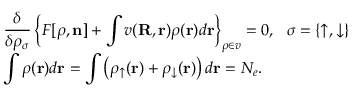
\begin{array} { l } { { \displaystyle \frac { \delta } { \delta \rho _ { \sigma } } \left\{ { \cal F } [ { \boldsymbol \rho } , { \bf n } ] + \int v ( { \bf R , r } ) \rho ( { \bf r } ) d { \bf r } \right\} _ { { \boldsymbol \rho } \in v } = 0 , ~ ~ \sigma = \{ \uparrow , \downarrow \} } \ ~ } \\ { { \displaystyle \int \rho ( { \bf r } ) d { \bf r } = \int \left( \rho _ { \uparrow } ( { \bf r } ) + \rho _ { \downarrow } ( { \bf r } ) \right) d { \bf r } = N _ { e } } . } \end{array}